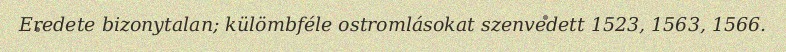
Eredete bizonytalan; külömbféle ostromlásokat szenvedett 1523, 1563, 1566.